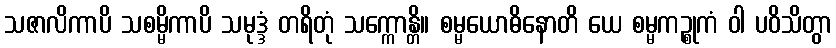
သဇာလိကာပိ သစမ္မိကာပိ သမုဒ္ဒံ တရိတုံ သက္ကောန္တိ။ စမ္မယောဓိနောတိ ယေ စမ္မကဉ္စုကံ ဝါ ပဝိသိတွာ